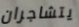
يتشاجران